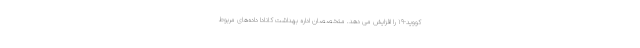
کووید-۱۹ را افزایش می دهد. متخصصان اداره بهداشت کانادا داده‌های مربوط